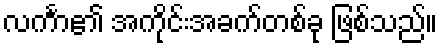
လင်္ကာ၏ အကိုင်းအခက်တစ်ခု ဖြစ်သည်။